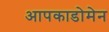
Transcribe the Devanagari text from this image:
आपकाडोमेन